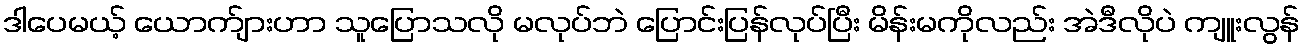
ဒါပေမယ့် ယောက်ျားဟာ သူပြောသလို မလုပ်ဘဲ ပြောင်းပြန်လုပ်ပြီး မိန်းမကိုလည်း အဲဒီလိုပဲ ကျူးလွန်